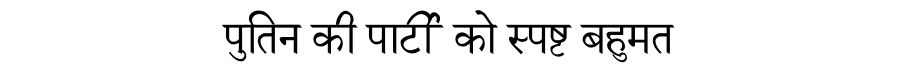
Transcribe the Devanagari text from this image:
पुतिन की पार्टी को स्पष्ट बहुमत